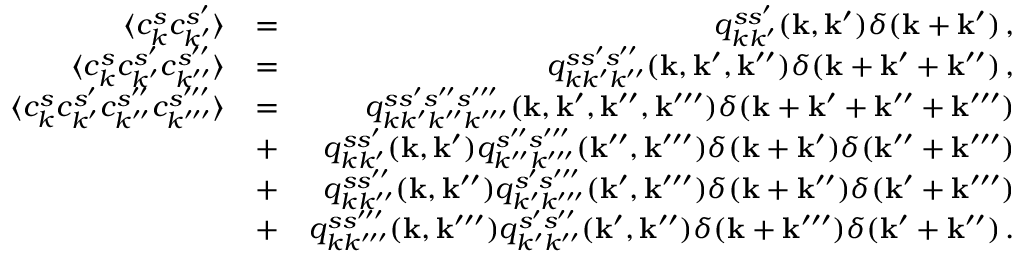
\begin{array} { r l r } { \langle c _ { k } ^ { s } c _ { k ^ { \prime } } ^ { s ^ { \prime } } \rangle } & { = } & { q _ { k k ^ { \prime } } ^ { s s ^ { \prime } } ( { \bf k } , { \bf k } ^ { \prime } ) \delta ( { \bf k } + { \bf k } ^ { \prime } ) \, , } \\ { \langle c _ { k } ^ { s } c _ { k ^ { \prime } } ^ { s ^ { \prime } } c _ { k ^ { \prime \prime } } ^ { s ^ { \prime \prime } } \rangle } & { = } & { q _ { k k ^ { \prime } k ^ { \prime \prime } } ^ { s s ^ { \prime } s ^ { \prime \prime } } ( { \bf k } , { \bf k } ^ { \prime } , { \bf k } ^ { \prime \prime } ) \delta ( { \bf k } + { \bf k } ^ { \prime } + { \bf k } ^ { \prime \prime } ) \, , } \\ { \langle c _ { k } ^ { s } c _ { k ^ { \prime } } ^ { s ^ { \prime } } c _ { k ^ { \prime \prime } } ^ { s ^ { \prime \prime } } c _ { k ^ { \prime \prime \prime } } ^ { s ^ { \prime \prime \prime } } \rangle } & { = } & { q _ { k k ^ { \prime } k ^ { \prime \prime } k ^ { \prime \prime \prime } } ^ { s s ^ { \prime } s ^ { \prime \prime } s ^ { \prime \prime \prime } } ( { \bf k } , { \bf k } ^ { \prime } , { \bf k } ^ { \prime \prime } , { \bf k } ^ { \prime \prime \prime } ) \delta ( { \bf k } + { \bf k } ^ { \prime } + { \bf k } ^ { \prime \prime } + { \bf k } ^ { \prime \prime \prime } ) } \\ & { + } & { q _ { k k ^ { \prime } } ^ { s s ^ { \prime } } ( { \bf k } , { \bf k } ^ { \prime } ) q _ { k ^ { \prime \prime } k ^ { \prime \prime \prime } } ^ { s ^ { \prime \prime } s ^ { \prime \prime \prime } } ( { \bf k } ^ { \prime \prime } , { \bf k } ^ { \prime \prime \prime } ) \delta ( { \bf k } + { \bf k } ^ { \prime } ) \delta ( { \bf k } ^ { \prime \prime } + { \bf k } ^ { \prime \prime \prime } ) } \\ & { + } & { q _ { k k ^ { \prime \prime } } ^ { s s ^ { \prime \prime } } ( { \bf k } , { \bf k } ^ { \prime \prime } ) q _ { k ^ { \prime } k ^ { \prime \prime \prime } } ^ { s ^ { \prime } s ^ { \prime \prime \prime } } ( { \bf k } ^ { \prime } , { \bf k } ^ { \prime \prime \prime } ) \delta ( { \bf k } + { \bf k } ^ { \prime \prime } ) \delta ( { \bf k } ^ { \prime } + { \bf k } ^ { \prime \prime \prime } ) } \\ & { + } & { q _ { k k ^ { \prime \prime \prime } } ^ { s s ^ { \prime \prime \prime } } ( { \bf k } , { \bf k } ^ { \prime \prime \prime } ) q _ { k ^ { \prime } k ^ { \prime \prime } } ^ { s ^ { \prime } s ^ { \prime \prime } } ( { \bf k } ^ { \prime } , { \bf k } ^ { \prime \prime } ) \delta ( { \bf k } + { \bf k } ^ { \prime \prime \prime } ) \delta ( { \bf k } ^ { \prime } + { \bf k } ^ { \prime \prime } ) \, . } \end{array}